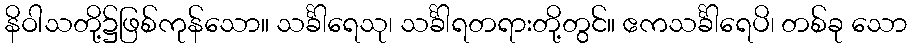
နိဝါသတို့၌ဖြစ်ကုန်သော။ သင်္ခါရေသု၊ သင်္ခါရတရားတို့တွင်။ ဧကသင်္ခါရေပိ၊ တစ်ခု သော